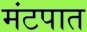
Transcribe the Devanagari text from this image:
मंटपात